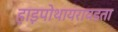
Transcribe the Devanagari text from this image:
हाइपोथायरायडता